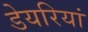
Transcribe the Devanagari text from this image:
डेयरियां